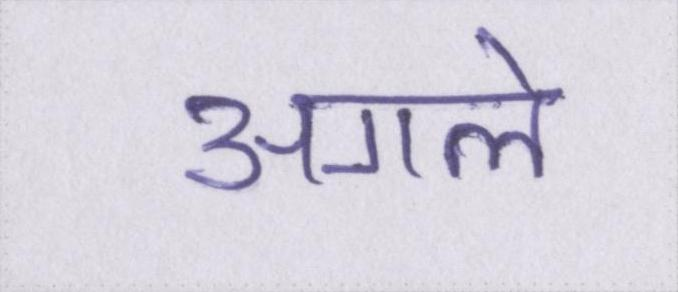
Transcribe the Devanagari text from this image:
अगले